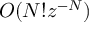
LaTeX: O ( N ! z ^ { - N } )